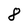
Character: 8